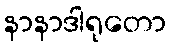
နာနာဒါရုတော